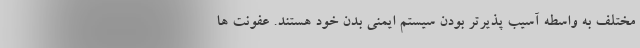
مختلف به واسطه آسیب پذیرتر بودن سیستم ایمنی بدن خود هستند. عفونت ها